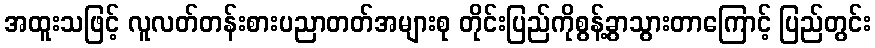
အထူးသဖြင့် လူလတ်တန်းစားပညာတတ်အများစု တိုင်းပြည်ကိုစွန့်ခွာသွားတာကြောင့် ပြည်တွင်း